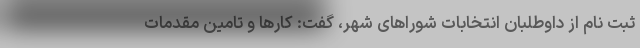
ثبت نام از داوطلبان انتخابات شوراهای شهر، گفت: کارها و تامین مقدمات